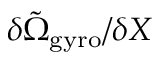
\delta \tilde { \Omega } _ { \mathrm { g y r o } } / \delta X